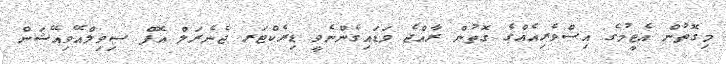
މިގޮތުން އެޓީމުގެ އިސްވެރިއެއްގެ ގޮތުން ރާއްޖެ ވަޑައިގެންނެވީ ޑިރެކްޓަރ ޖެނެރަލް އޮފް ސިވިލްއޭވިއޭޝަން